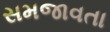
સમજાવતા